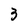
Character: 3